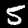
Label: 5